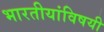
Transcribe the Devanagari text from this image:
भारतीयांविषयी